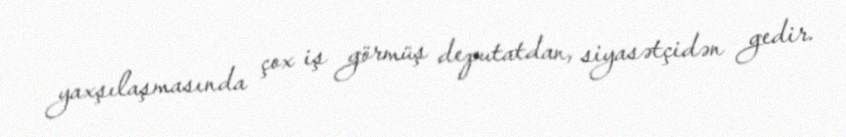
yaxşılaşmasında çox iş görmüş deputatdan, siyasətçidən gedir.